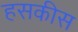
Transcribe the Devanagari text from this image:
हसकीस